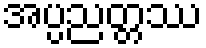
အပ္ပညတ္တဿ